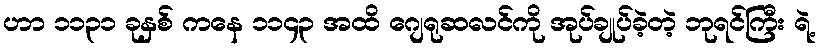
ဟာ ၁၁၃၁ ခုနှစ် ကနေ ၁၁၄၃ အထိ ဂျေရုဆလင်ကို အုပ်ချုပ်ခဲ့တဲ့ ဘုရင်ကြီး ရဲ့